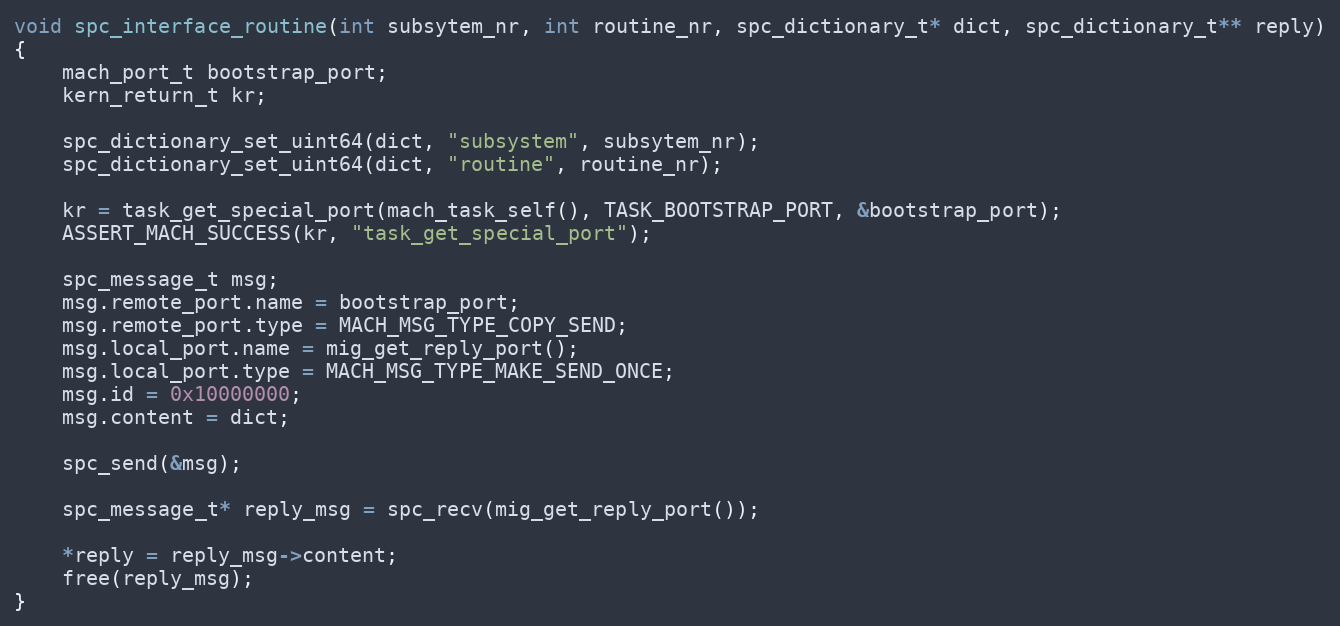
Language: C
void spc_interface_routine(int subsytem_nr, int routine_nr, spc_dictionary_t* dict, spc_dictionary_t** reply)
{
    mach_port_t bootstrap_port;
    kern_return_t kr;

    spc_dictionary_set_uint64(dict, "subsystem", subsytem_nr);
    spc_dictionary_set_uint64(dict, "routine", routine_nr);

    kr = task_get_special_port(mach_task_self(), TASK_BOOTSTRAP_PORT, &bootstrap_port);
    ASSERT_MACH_SUCCESS(kr, "task_get_special_port");

    spc_message_t msg;
    msg.remote_port.name = bootstrap_port;
    msg.remote_port.type = MACH_MSG_TYPE_COPY_SEND;
    msg.local_port.name = mig_get_reply_port();
    msg.local_port.type = MACH_MSG_TYPE_MAKE_SEND_ONCE;
    msg.id = 0x10000000;
    msg.content = dict;

    spc_send(&msg);

    spc_message_t* reply_msg = spc_recv(mig_get_reply_port());

    *reply = reply_msg->content;
    free(reply_msg);
}